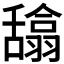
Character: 𰰉